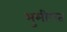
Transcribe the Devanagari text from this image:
भुमीगत